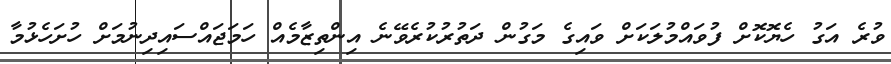
ވުރެ އަގު ހެޔޮކޮށް ފުވައްމުލަކަށް ވައިގެ މަގުން ދަތުރުކުރެވޭނެ އިންތިޒާމެއް ހަމަޖައްސައިދިނުމަށް ހުށަހެޅުމާ